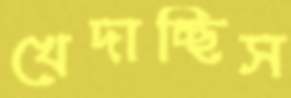
খেদাচ্ছিস